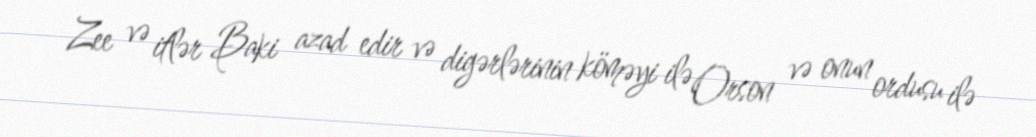
Zee və itlər Baki azad edir və digərlərinin köməyi ilə Orson və onun ordusu ilə